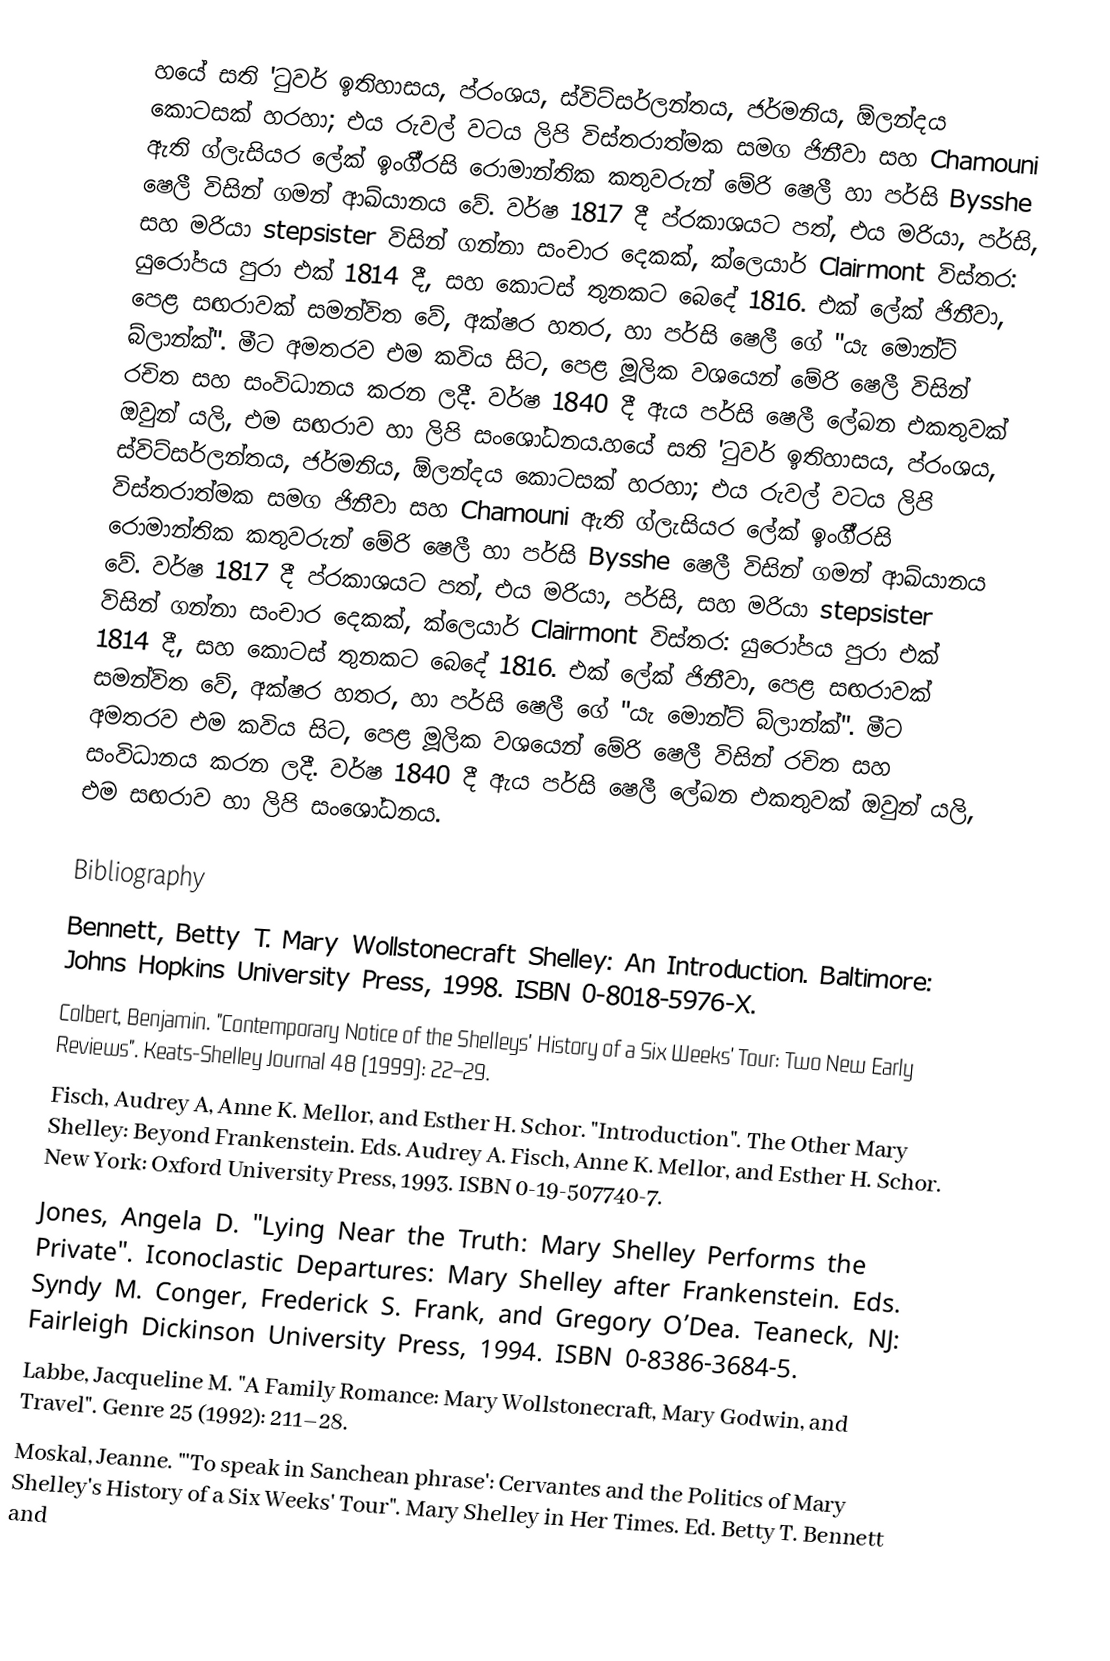
හයේ සති 'ටුවර් ඉතිහාසය, ප්රංශය, ස්විට්සර්ලන්තය, ජර්මනිය, ඕලන්දය කොටසක් හරහා; එය රුවල් වටය ලිපි විස්තරාත්මක සමග ජිනීවා සහ Chamouni ඇති ග්ලැසියර ලේක් ඉංගී්රසි රොමාන්තික කතුවරුන් මේරි ෂෙලී හා පර්සි Bysshe ෂෙලී විසින් ගමන් ආඛ්යානය වේ. වර්ෂ 1817 දී ප්රකාශයට පත්, එය මරියා, පර්සි, සහ මරියා stepsister විසින් ගන්නා සංචාර දෙකක්, ක්ලෙයාර් Clairmont විස්තර: යුරෝපය පුරා එක් 1814 දී, සහ කොටස් තුනකට බෙදේ 1816. එක් ලේක් ජිනීවා, පෙළ සඟරාවක් සමන්විත වේ, අක්ෂර හතර, හා පර්සි ෂෙලී ගේ "යැ මොන්ට් බ්ලාන්ක්". මීට අමතරව එම කවිය සිට, පෙළ මූලික වශයෙන් මේරි ෂෙලී විසින් රචිත සහ සංවිධානය කරන ලදී. වර්ෂ 1840 දී ඇය පර්සි ෂෙලී ලේඛන එකතුවක් ඔවුන් යලි, එම සඟරාව හා ලිපි සංශෝධනය.හයේ සති 'ටුවර් ඉතිහාසය, ප්රංශය, ස්විට්සර්ලන්තය, ජර්මනිය, ඕලන්දය කොටසක් හරහා; එය රුවල් වටය ලිපි විස්තරාත්මක සමග ජිනීවා සහ Chamouni ඇති ග්ලැසියර ලේක් ඉංගී්රසි රොමාන්තික කතුවරුන් මේරි ෂෙලී හා පර්සි Bysshe ෂෙලී විසින් ගමන් ආඛ්යානය වේ. වර්ෂ 1817 දී ප්රකාශයට පත්, එය මරියා, පර්සි, සහ මරියා stepsister විසින් ගන්නා සංචාර දෙකක්, ක්ලෙයාර් Clairmont විස්තර: යුරෝපය පුරා එක් 1814 දී, සහ කොටස් තුනකට බෙදේ 1816. එක් ලේක් ජිනීවා, පෙළ සඟරාවක් සමන්විත වේ, අක්ෂර හතර, හා පර්සි ෂෙලී ගේ "යැ මොන්ට් බ්ලාන්ක්". මීට අමතරව එම කවිය සිට, පෙළ මූලික වශයෙන් මේරි ෂෙලී විසින් රචිත සහ සංවිධානය කරන ලදී. වර්ෂ 1840 දී ඇය පර්සි ෂෙලී ලේඛන එකතුවක් ඔවුන් යලි, එම සඟරාව හා ලිපි සංශෝධනය.

Bibliography
 Bennett, Betty T. Mary Wollstonecraft Shelley: An Introduction. Baltimore: Johns Hopkins University Press, 1998. ISBN 0-8018-5976-X.
 Colbert, Benjamin. "Contemporary Notice of the Shelleys' History of a Six Weeks' Tour: Two New Early Reviews". Keats-Shelley Journal 48 (1999): 22–29.
 Fisch, Audrey A,  Anne K. Mellor,  and Esther H. Schor. "Introduction". The Other Mary Shelley: Beyond Frankenstein. Eds. Audrey A. Fisch, Anne K. Mellor, and Esther H. Schor. New York: Oxford University Press, 1993. ISBN 0-19-507740-7.
 Jones, Angela D. "Lying Near the Truth: Mary Shelley Performs the Private". Iconoclastic Departures: Mary Shelley after Frankenstein. Eds. Syndy M. Conger, Frederick S. Frank, and Gregory O’Dea. Teaneck, NJ: Fairleigh Dickinson University Press, 1994. ISBN 0-8386-3684-5.
 Labbe, Jacqueline M. "A Family Romance: Mary Wollstonecraft, Mary Godwin, and Travel". Genre 25 (1992): 211–28.
 Moskal, Jeanne. "'To speak in Sanchean phrase': Cervantes and the Politics of Mary Shelley's History of a Six Weeks' Tour". Mary Shelley in Her Times. Ed. Betty T. Bennett and